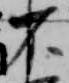
不